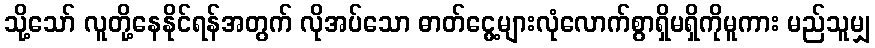
သို့သော် လူတို့နေနိုင်ရန်အတွက် လိုအပ်သော ဓာတ်ငွေ့များလုံလောက်စွာရှိမရှိကိုမူကား မည်သူမျှ